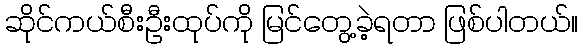
ဆိုင်ကယ်စီးဦးထုပ်ကို မြင်တွေ့ခဲ့ရတာ ဖြစ်ပါတယ်။